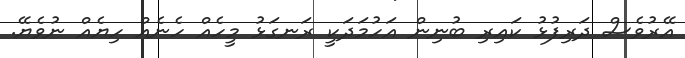
އޭރުވެސް ދަރިފުޅު ކައިރި ބުނިން އަހުމަދަކީ ރަނގަޅު މީހެއް ހެނެއް ހިޔެއް ނުވެޔޭ.